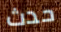
حدث